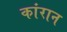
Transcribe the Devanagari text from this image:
कांरान